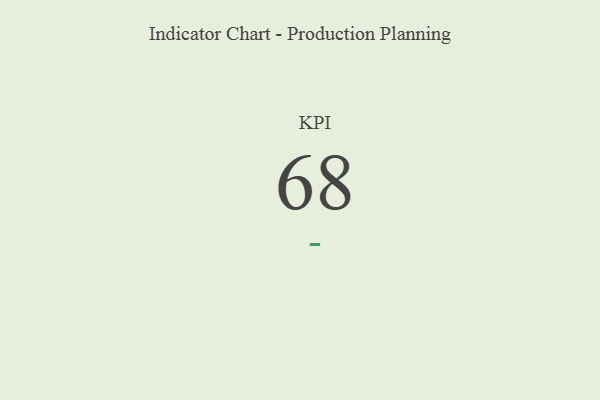
{"axis": {"x": "KPI", "y": "Value"}, "legend": [""], "data": [{"x": "KPI", "y": 68, "type": ""}]}